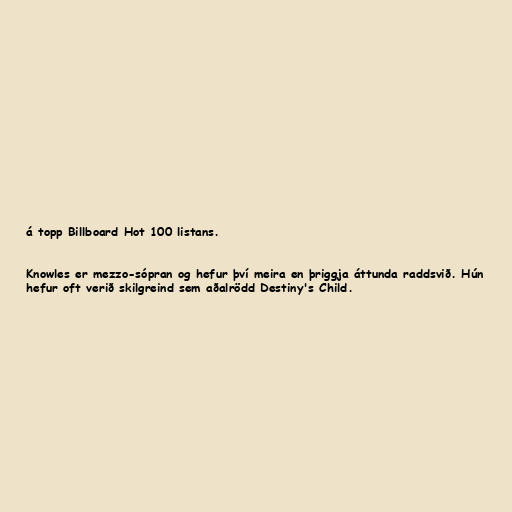
á topp Billboard Hot 100 listans.

Knowles er mezzo-sópran og hefur því meira en þriggja áttunda raddsvið. Hún
hefur oft verið skilgreind sem aðalrödd Destiny's Child.